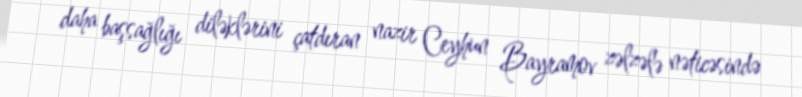
daha başsağlığı diləklərini çatdıran nazir Ceyhun Bayramov zəlzələ nəticəsində